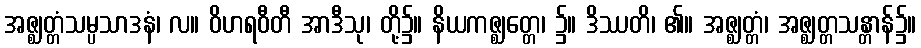
အဇ္ဈတ္တံသမ္ပသာဒနံ၊ လ။ ဝိဟရဝီတီ အာဒီသု၊ တို့၌။ နိယကဇ္ဈတ္တေ၊ ၌။ ဒိဿတိ၊ ၏။ အဇ္ဈတ္တံ၊ အဇ္ဈတ္တသန္တာန်၌။